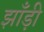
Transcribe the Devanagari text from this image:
झाँड़ी